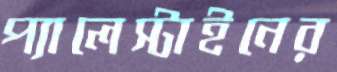
প্যালেস্টাইনের